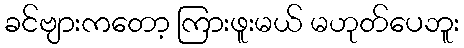
ခင်ဗျားကတော့ ကြားဖူးမယ် မဟုတ်ပေဘူး